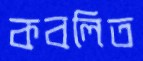
কবলিত